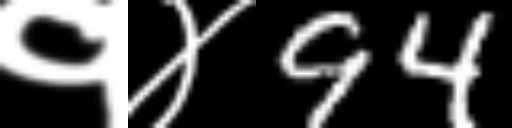
Text: १४94